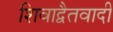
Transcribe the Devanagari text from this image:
शिवाद्वैतवादी